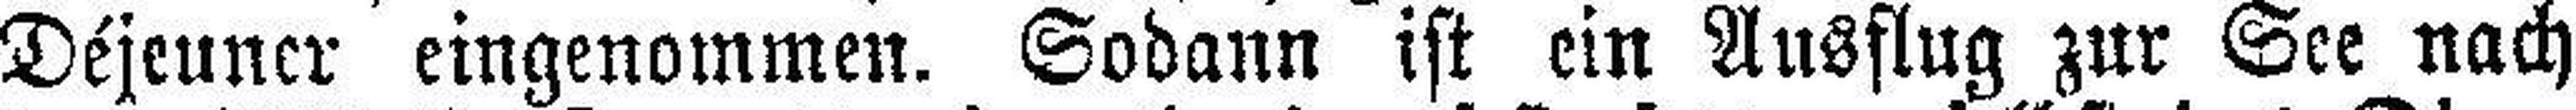
Déjeuner eingenommen. Sodann ist ein Ausflug zur See nach